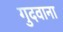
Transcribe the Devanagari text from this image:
गुदवाना